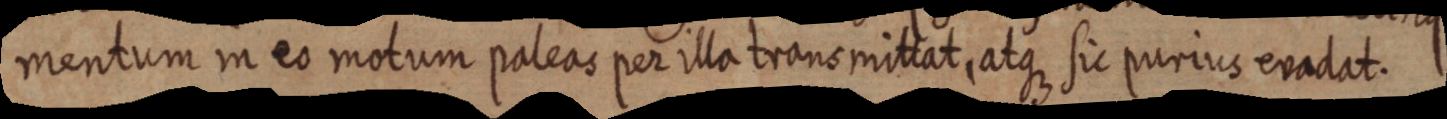
mentum in eo motum paleas per illa transmittat, atque sic purius evadat.